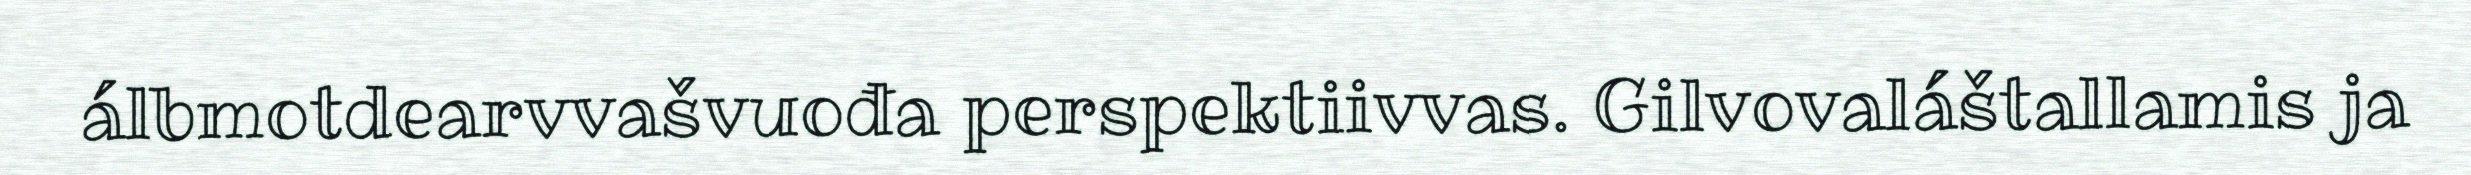
álbmotdearvvašvuođa perspektiivvas. Gilvovaláštallamis ja